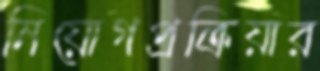
নিয়োগপ্রক্রিয়ার